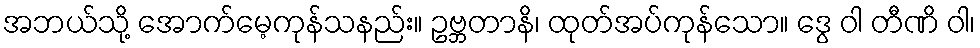
အဘယ်သို့ အောက်မေ့ကုန်သနည်း။ ဥဗ္ဘတာနိ၊ ထုတ်အပ်ကုန်သော။ ဒွေ ဝါ တီဏိ ဝါ၊